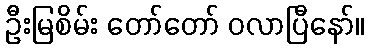
ဦးမြစိမ်း တော်တော် ဝလာပြီနော်။